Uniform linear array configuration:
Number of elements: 48
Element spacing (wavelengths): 0.25
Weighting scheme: uniform
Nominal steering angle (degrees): -60
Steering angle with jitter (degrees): -60.768
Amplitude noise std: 0.05
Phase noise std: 0.05

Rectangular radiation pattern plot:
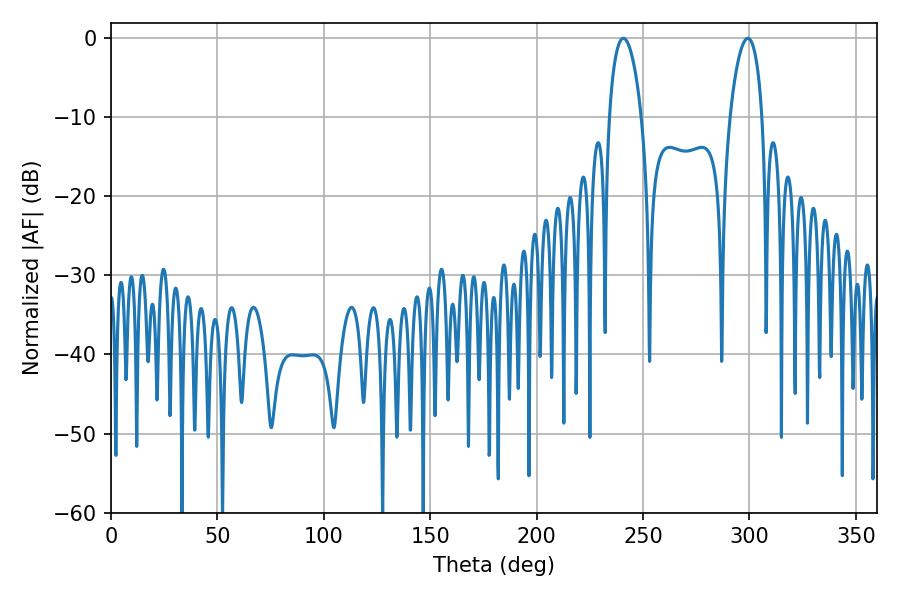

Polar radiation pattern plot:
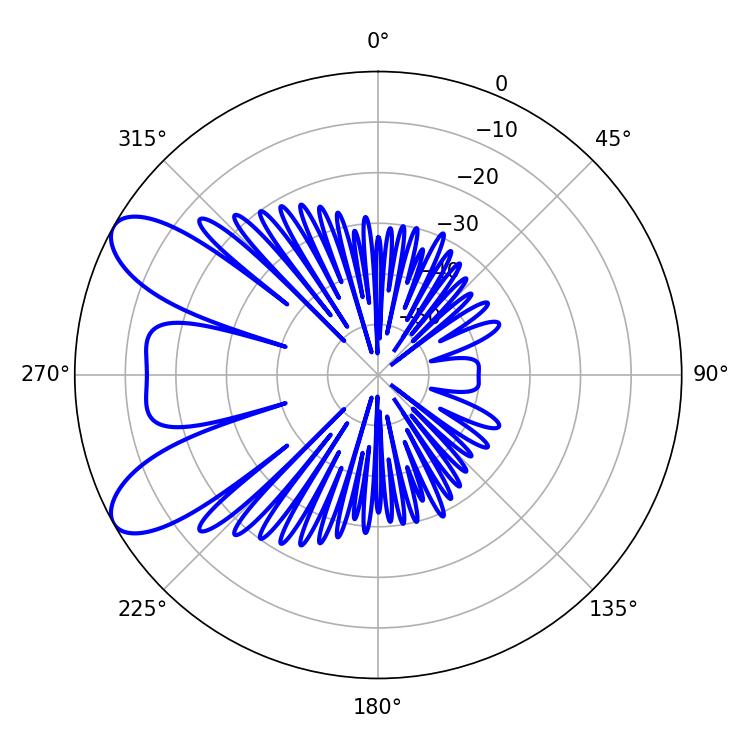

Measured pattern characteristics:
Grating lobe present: FALSE
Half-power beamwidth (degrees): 8.64
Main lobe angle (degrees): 299.16